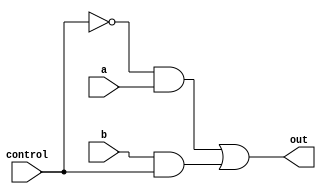
module mux(out, 
	control, 
	a, 
	b
	);
	
	input a,b,control;
	output out;
	wire i1,i2,i3;
	and (i2,i1,a);
	and (i3,b,control);
	not (i1,control);
	or (out,i2,i3);
endmodule